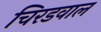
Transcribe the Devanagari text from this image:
चिरडवाल